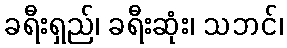
ခရီးရှည်၊ ခရီးဆုံး၊ သဘင်၊